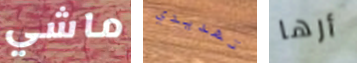
ماشي تهديدي أرها